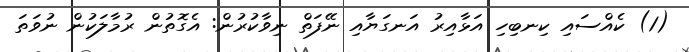
(1) ކެއްސައި ކިނބިހި އަޅާއިރު އަނގަޔާއި ނޭފަތް ނިވާކުރުން: އެގޮތުން ރުމާލަކުން ނުވަތަ